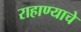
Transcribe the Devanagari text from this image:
राहाण्याचे